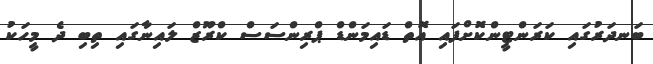
ބަނދަރުގައި ކަރަންޓީންކޮށްފައި އޮތް ޑައިމަންޑް ޕްރިންސަސް ކްރޫޒް ލައިނާގައި ތިބި ދެ މީހަކު